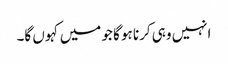
انہیں وہی کرنا ہو گا جو میں کہوں گا۔